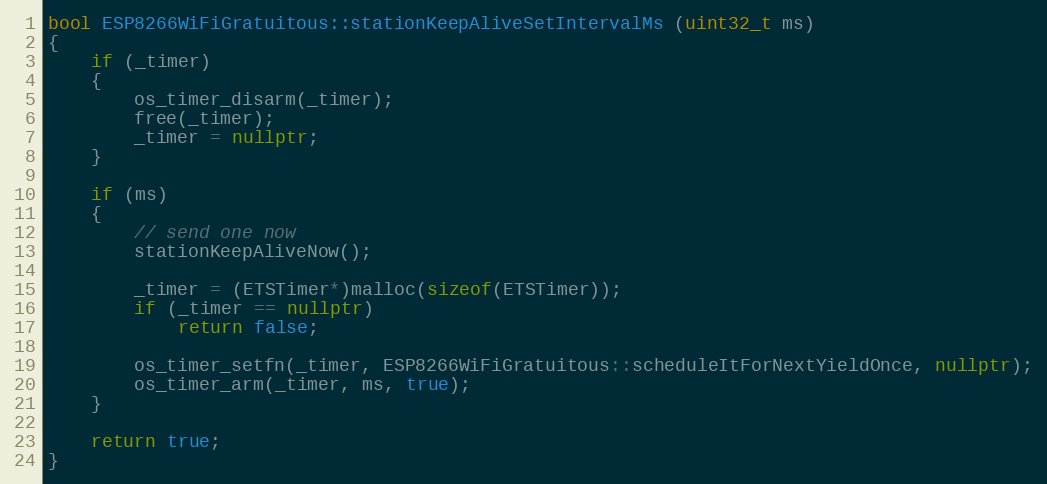
Language: C++
bool ESP8266WiFiGratuitous::stationKeepAliveSetIntervalMs (uint32_t ms)
{
    if (_timer)
    {
        os_timer_disarm(_timer);
        free(_timer);
        _timer = nullptr;
    }

    if (ms)
    {
        // send one now
        stationKeepAliveNow();

        _timer = (ETSTimer*)malloc(sizeof(ETSTimer));
        if (_timer == nullptr)
            return false;

        os_timer_setfn(_timer, ESP8266WiFiGratuitous::scheduleItForNextYieldOnce, nullptr);
        os_timer_arm(_timer, ms, true);
    }

    return true;
}